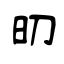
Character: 旫